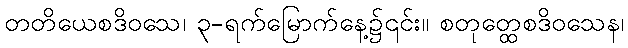
တတိယေစဒိဝသေ၊ ၃-ရက်မြောက်နေ့၌၎င်း။ စတုတ္ထေစဒိဝသေန၊